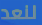
لنعد